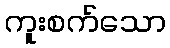
ကူးစက်သော